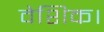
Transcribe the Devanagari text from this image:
वेशिक।